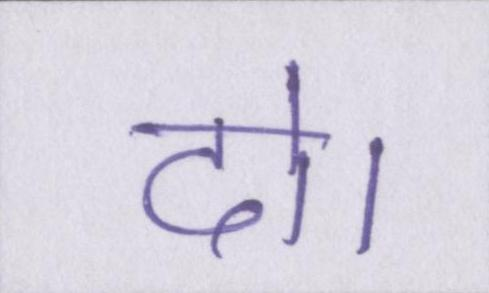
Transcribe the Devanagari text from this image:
दो।